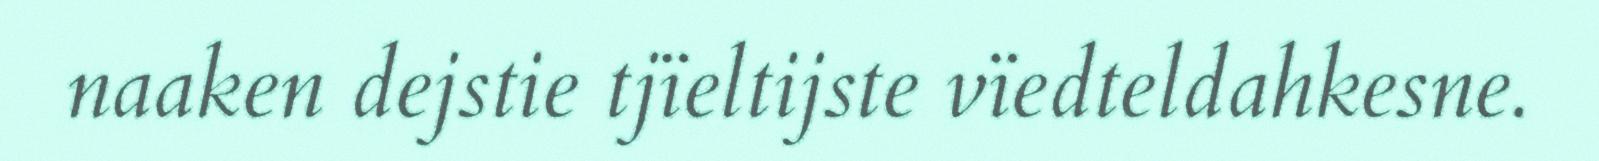
naaken dejstie tjïeltijste vïedteldahkesne.